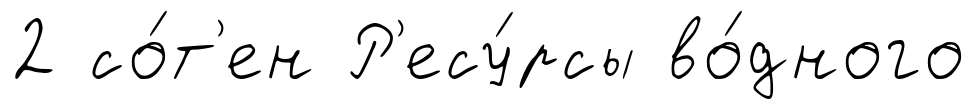
2 со́т'ен Р'есу́рсы во́дного